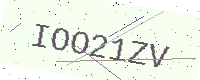
Text: IOO21ZV